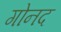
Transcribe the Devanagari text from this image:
गोनद